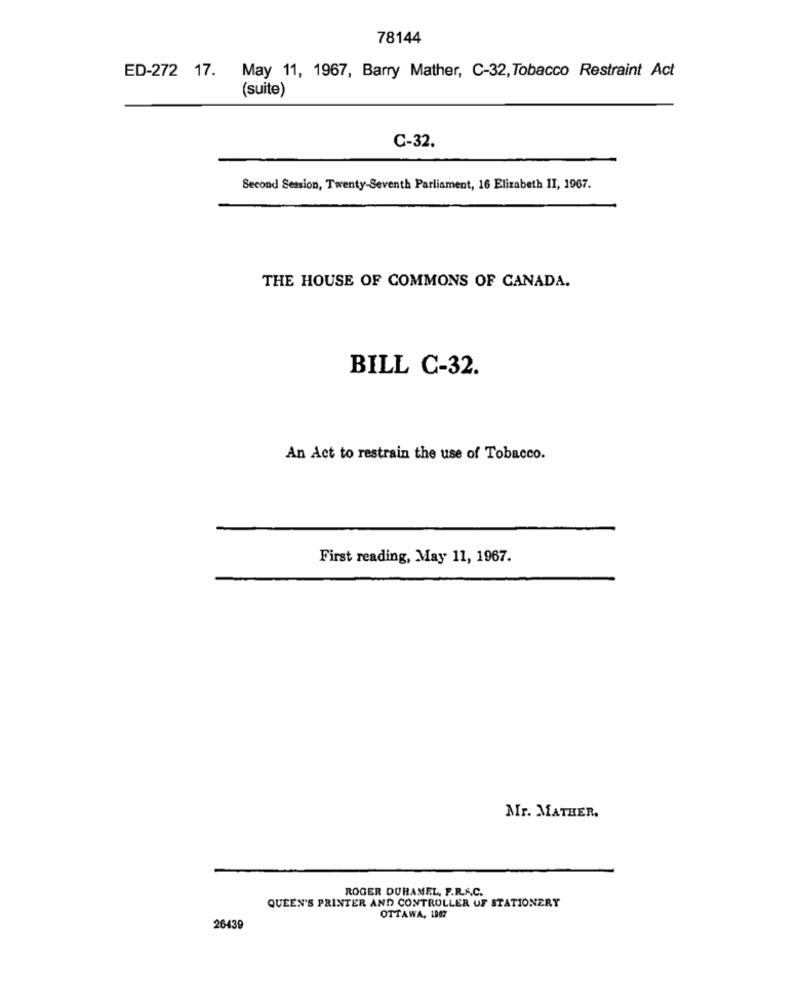
78144
ED-272 17. May 11, 1967, Barry Mather, C-32, Tobacco Restraint Act
(suite)
C-32.
Second Session, Twenty-Seventh Parliament, 16 Elizabeth II, 1967.
THE HOUSE OF COMMONS OF CANADA.
BILL C-32.
An Act to restrain the use of Tobacco.
First reading, May 11, 1967.
Mr. MATHER.
ROGER DURANEL, F.R.S.C.
QUEEN'S PRINTER AND CONTROLLER UF STATIONERY
OTTAWA, 1967
26439